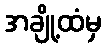
အချို့ထံမှ